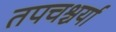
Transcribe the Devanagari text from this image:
तपचश्चर्या